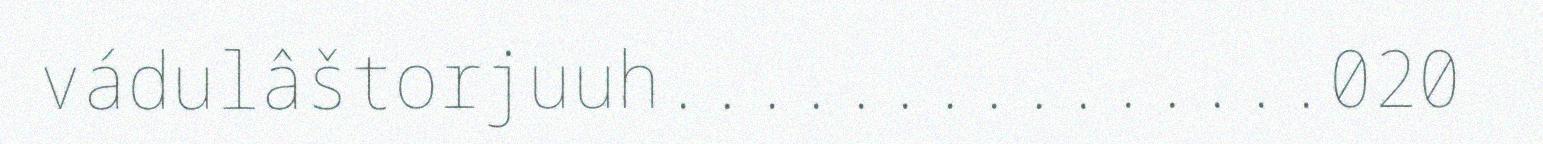
vádulâštorjuuh...............020